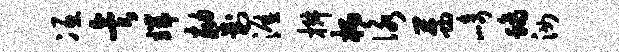
冱矣端劾判涯椒柄咏茜崎螭汝